Report of the Bombay Plague Committee
Disease focus: Plague
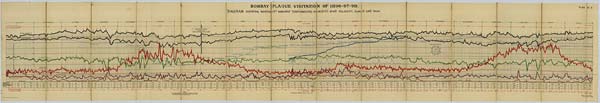
BOMBAY PLAGUE VISITATION OF 1896-97-98.
DIAGRAM SHOWING MORTALITY AGAINST TEMPERATURE, HUMIDITY, WIND VELOCITY, CLOUD AND RAIN.
DRAWN & LITHO: GOVT. PHOTOZINCO. OFFICE, POONA 1898.
NOTE
RED FIGURES REPRESENT THE DIFFERENCE BETWEEN THE AVERAGE
DEATH RATE BASED ON
A POPULALATION OF 8,50,000 AND A VARY-
-ING POPULATION MUST BE ADDED FOR PLAGUE.
HORIZONTAL SCALE, 6 DAYS TO ONE INCH.
(Signed) J. M. CAMPBELL
Chairman Plague Committee.